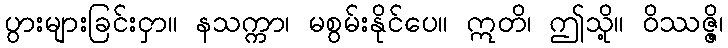
ပွားများခြင်းငှာ။ နသက္ကာ၊ မစွမ်းနိုင်ပေ။ ဣတိ၊ ဤသို့။ ဝိဿဇ္ဇိ၊